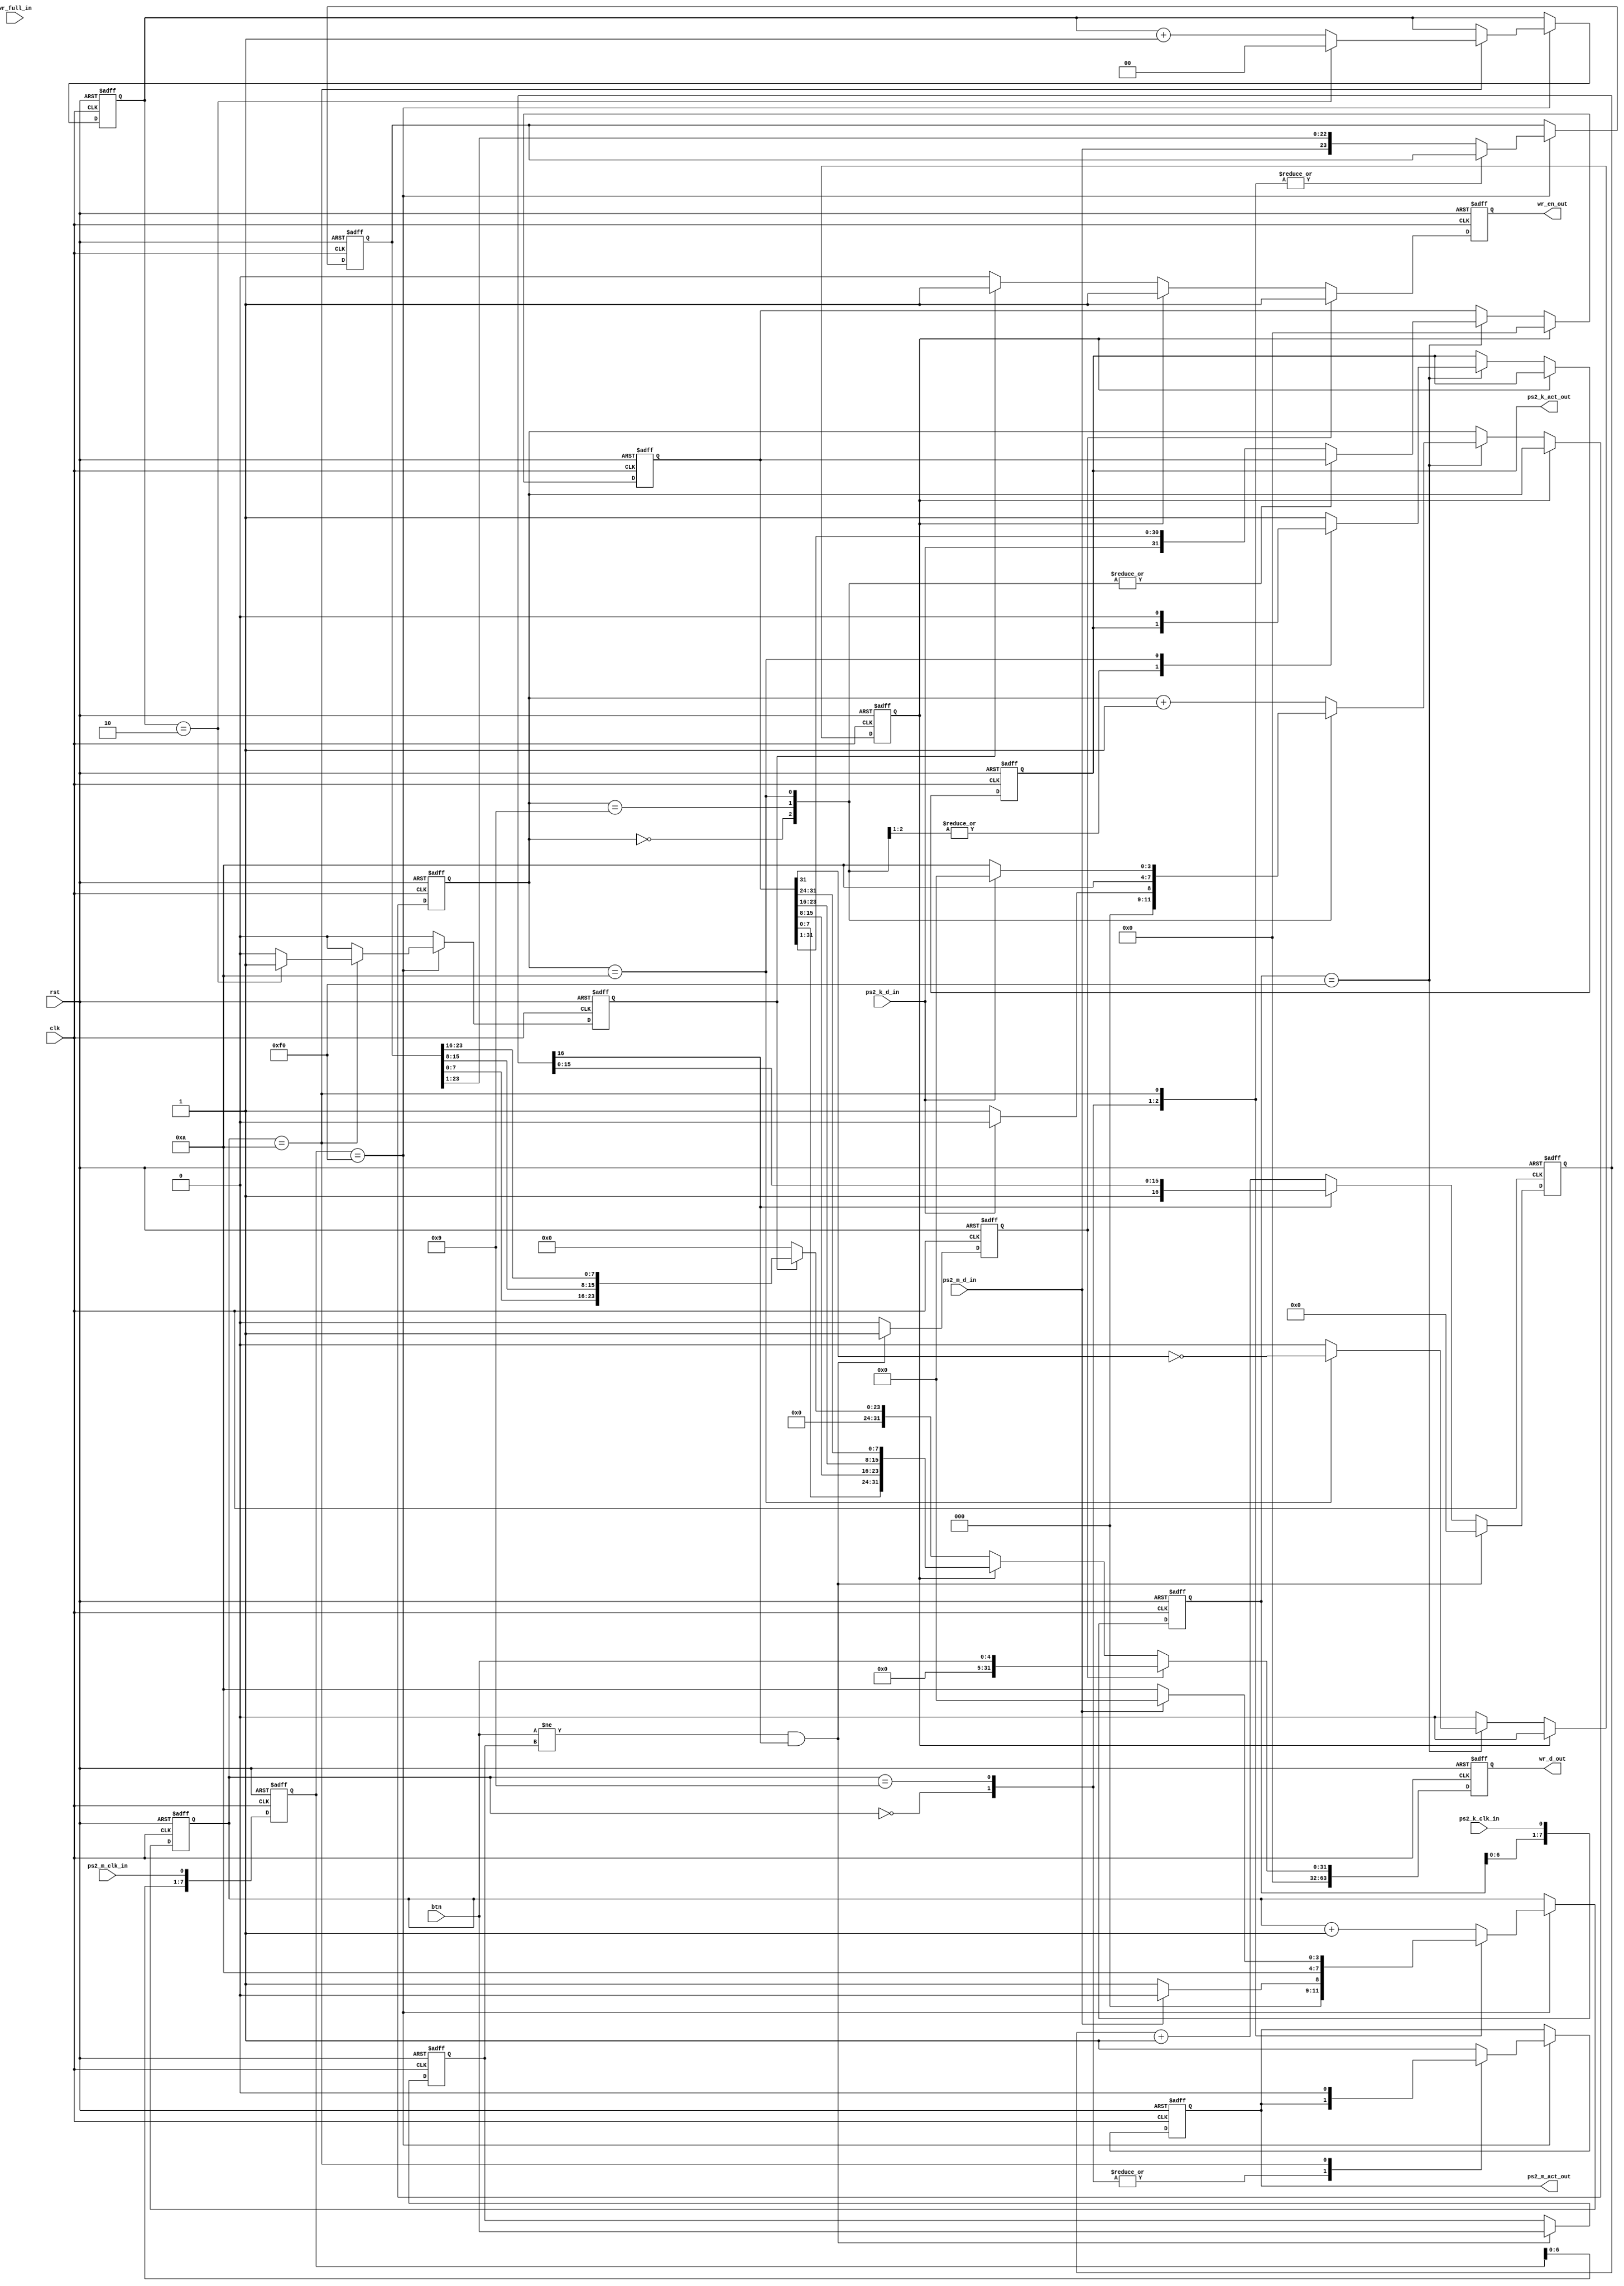
`timescale 1ns / 1ps

// ps2 interface module
// by liam davey (01/05/2011)
//
// decodes ps2 data and writes it to a fifo

module ps2_if(
	input clk,
	input rst,
	input [4:0] btn,
	
	// ps2 mouse and keyboard
	input ps2_k_clk_in,
	input ps2_k_d_in,
	input ps2_m_clk_in,
	input ps2_m_d_in,
	
	// ps2 activity
	output reg ps2_k_act_out,
	output reg ps2_m_act_out,
	
	output reg wr_en_out,
	output reg [63:0] wr_d_out,
	input wr_full_in
);

	localparam COUNT_SIZE = 16;
	//localparam COUNT_SIZE = 3;

	reg [4:0] btn_r;
	reg [COUNT_SIZE:0] count;
	
	// when the button state needs to be written to the fifo
	// this will go high for one cycle
	reg btn_rdy;
	
	always @ (posedge clk or posedge rst) begin
		if (rst) begin
			count <= 0;
			btn_r <= 0;
			btn_rdy <= 0;
			
		end else begin
			if ((btn != btn_r) && (count[COUNT_SIZE])) begin
				btn_r <= btn;
				btn_rdy <= 1'b1;
				count <= 0;
			end else begin
				btn_rdy <= 1'b0;
				if (!count[COUNT_SIZE])
					count <= count + 1'd1;
			end
		end
	end
	
	// ps2 interface
	//  - 11 bit frames
	//    0  1  2  3  4  5  6  7  8  9 10
	//    0 D0 D1 D2 D3 D4 D5 D6 D7  P  1
	//  - data line should be read on the rising edge of clk
	//  - 1 start bit (always 0)
	//  - 8 data bits
	//  - 1 odd parity bit
	//  - 1 stop bit (always 1)
	//  - data bits transferred LSB first
	//
	// ps2 mouse
	//  - sends 3 11 bit frames
	//  - frame 1, status frame:
	//    0  1  2  3  4  5  6  7  8  9 10
	//    0  L  R  0  1 XS YS XV YV  P  1
	//  - L and R represent mouse button
	//  - XS and YS are the sign bits
	//  - XV and YV are overflow bits (if mouse moves too fast)
	//  - frame 2, x movement amount:
	//    0  1  2  3  4  5  6  7  8  9 10
	//    0 X0 X1 X2 X3 X4 X5 X6 X7  P  1
	//  - frame 3, y movement amount:
	//    0  1  2  3  4  5  6  7  8  9 10
	//    0 Y0 Y1 Y2 Y3 Y4 Y5 Y6 Y7  P  1
	//
	// ps2 keyboard
	// - sends between 2 and 4 11 bit frames
	// - control codes have the MSB set
	// - keyboard scan codes have the MSB clear
	// - transfers consist of one or more control codes
	//   followed by a single keyboard scan code e.g:
	//     E0 1A
	//     E0 F0 08
	//     E0 F0 E0 74
	//
	// this module sends ps2 mouse and keyboard data bytes
	// to the 64 bit wide fifo.
	// for the mouse the format is:
	//  byte 7 6 5 4 3 2      1          0
	//       0 0 0 0 0 status x-movement y-movement
	// for the keyboard the format is:
	//  byte 7 6 5 4 3       2       1       0
	//       0 0 0 0 control control control scan-code
	// where the control codes may be 0 if the transfer
	// was less than 4 bytes.
	//
	
	reg [3:0] ps2_m_bit_count;
	reg [1:0] ps2_m_frame_count;
	reg [7:0] ps2_m_clk_last;
	reg [23:0] ps2_m_r;
	reg ps2_m_rdy;
	
	always @ (posedge clk or posedge rst) begin
		if (rst) begin
			ps2_m_bit_count <= 0;
			ps2_m_frame_count <= 0;
			ps2_m_clk_last <= 0;
			ps2_m_r <= 0;
			ps2_m_rdy <= 0;
			ps2_m_act_out <= 0;
			
		end else begin
		
			ps2_m_clk_last <= {ps2_m_clk_last[6:0], ps2_m_clk_in};
			
			if (ps2_m_clk_last == 8'hf0) begin
				// on rising edge of ps2 clock signal
				case (ps2_m_bit_count)
					4'd0: begin
						// idle, waiting for start bit (0)
						ps2_m_bit_count <= (ps2_m_d_in) ? 4'd0 : 4'd1;
						ps2_m_rdy <= 1'b0;
					end
					4'd9: begin
						// odd parity bit
						// TODO: actually check this
						ps2_m_bit_count <= 4'd10;
						ps2_m_rdy <= 1'b0;
					end
					4'd10: begin
						// stop bit (1)
						ps2_m_bit_count <= (ps2_m_d_in) ? 4'd0 : 4'd10;
						// if this is the third byte need to write
						// ps2_m_r to the fifo
						if (ps2_m_frame_count == 2'd2) begin
							ps2_m_rdy <= 1'b1;
							ps2_m_frame_count <= 0;
						end else begin
							ps2_m_rdy <= 1'b0;
							ps2_m_frame_count <= ps2_m_frame_count + 1'd1;
						end
						ps2_m_act_out <= 1'b0;
					end
					default: begin
						// data bits
						// shift into ps2_m_r
						ps2_m_r <= {ps2_m_d_in, ps2_m_r[23:1]};
						ps2_m_bit_count <= ps2_m_bit_count + 1'd1;
						ps2_m_rdy <= 1'b0;
						ps2_m_act_out <= 1'b1;
					end
				endcase
			end else begin
				// if this is not a rising edge of ps2_m_clk
				ps2_m_rdy <= 1'b0;
			end
		end
	end
	
	reg [3:0] ps2_k_bit_count;
	reg [7:0] ps2_k_clk_last;
	reg [31:0] ps2_k_r;
	reg ps2_k_rdy;
	
	always @ (posedge clk or posedge rst) begin
		if (rst) begin
			ps2_k_bit_count <= 0;
			ps2_k_clk_last <= 0;
			ps2_k_r <= 0;
			ps2_k_rdy <= 0;
			ps2_k_act_out <= 0;
			
		end else begin
		
			ps2_k_clk_last <= {ps2_k_clk_last[6:0], ps2_k_clk_in};
			
			if (ps2_k_rdy) begin
				ps2_k_r <= 0;
				ps2_k_rdy <= 0;
			end else if (ps2_k_clk_last == 8'hf0) begin
				// on rising edge of ps2 clock signal
				case (ps2_k_bit_count)
					4'd0: begin
						// idle, waiting for start bit (0)
						ps2_k_bit_count <= (ps2_k_d_in) ? 4'd0 : 4'd1;
						ps2_k_rdy <= 1'b0;
					end
					4'd9: begin
						// odd parity bit
						// TODO: actually check this
						ps2_k_bit_count <= 4'd10;
						ps2_k_rdy <= 1'b0;
					end
					4'd10: begin
						// stop bit (1)
						ps2_k_bit_count <= (ps2_k_d_in) ? 4'd0 : 4'd10;
						// if this byte was a scan code, not a control code,
						// then assert ps2_k_rdy so that the ps2_k_r register
						// is written to the fifo
						ps2_k_rdy <= !ps2_k_r[31];
						ps2_k_act_out <= 1'b0;
					end
					default: begin
						// data bits
						// shift into ps2_k_r
						ps2_k_r <= {ps2_k_d_in, ps2_k_r[31:1]};
						ps2_k_bit_count <= ps2_k_bit_count + 1'd1;
						ps2_k_rdy <= 1'b0;
						ps2_k_act_out <= 1'b1;
					end
				endcase
			end else begin
				// if this is not a rising edge of ps2_k_clk
				ps2_k_rdy <= 1'b0;
			end
		end
	end
	
	// this block monitors the btn_rdy and ps2_rdy
	// signals so that when they go high the correct
	// data is written to the fifo.
	// if two rdy signals go high at the same time then
	// some data will be lost.
	
	always @ (posedge clk or posedge rst) begin
		if (rst) begin
			wr_en_out <= 0;
			wr_d_out <= 0;
		end else begin
			if (btn_rdy) begin
				wr_en_out <= 1;
				wr_d_out <= {59'h0, btn};
			end else if (ps2_k_rdy) begin
				wr_en_out <= 1;
				// switch around bytes to the proper order
				wr_d_out <= {32'h0, ps2_k_r[7:0], ps2_k_r[15:8], ps2_k_r[23:16], ps2_k_r[31:24]};
			end else if (ps2_m_rdy) begin
				wr_en_out <= 1;
				// switch around bytes to the proper order
				wr_d_out <= {40'h0, ps2_m_r[7:0], ps2_m_r[15:8], ps2_m_r[23:16]};
			end else begin
				wr_en_out <= 0;
				wr_d_out <= 0;
			end
		end
	end
	
endmodule